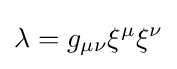
\lambda =g_{\mu \nu }\xi ^{\mu }\xi ^{\nu }